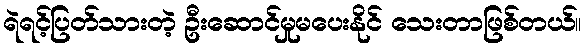
ရဲရင့်ပြတ်သားတဲ့ ဦးဆောင်မှုမပေးနိုင် သေးတာဖြစ်တယ်။